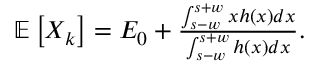
\begin{array} { r } { \mathbb { E } \left[ X _ { k } \right] = E _ { 0 } + \frac { \int _ { s - w } ^ { s + w } x h ( x ) d x } { \int _ { s - w } ^ { s + w } h ( x ) d x } . } \end{array}